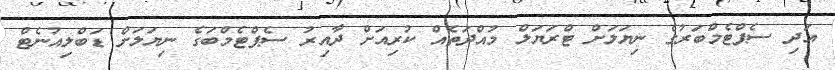
އަދި ސެޕްޓެމްބަރުގެ ނިޔަލަށް ޓްރަޔަލް މުއްދަތެއް ކުރިއަށް ދާއިރު ސެޕްޓެމްބަގެ ނިޔަލަށް ޑަބްލިއުނެޓް